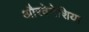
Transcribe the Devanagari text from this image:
औरवेनेशिया